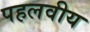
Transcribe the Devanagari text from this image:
पहलवीय